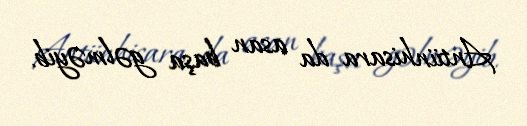
Antiinhisara da asan başa gəlməyib.